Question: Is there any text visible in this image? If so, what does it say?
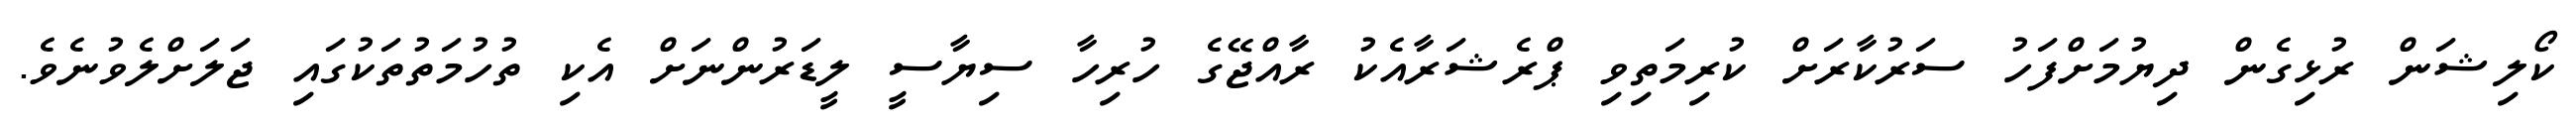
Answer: ކޯލިޝަން ރުޅިގެން ދިޔުމަށްފަހު ސަރުކާރަށް ކުރިމަތިވި ޕްރެޝަރާއެކު ރާއްޖޭގެ ހުރިހާ ސިޔާސީ ލީޑަރުންނަށް އެކި ތުހުމަތުތަކުގައި ޖަލަށްލެވުނެވެ.